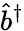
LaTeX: \hat{b}^{\dagger}